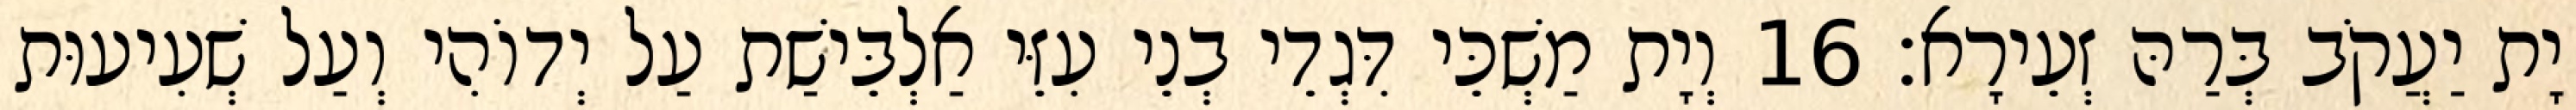
יָת יַעֲקֹב בְּרַהּ זְעֵירָא׃ 16 וְיָת מַשְׁכֵּי דִּגְדֵי בְנֵי עִזֵּי אַלְבֵּישַׁת עַל יְדוֹהִי וְעַל שְׁעִיעוּת